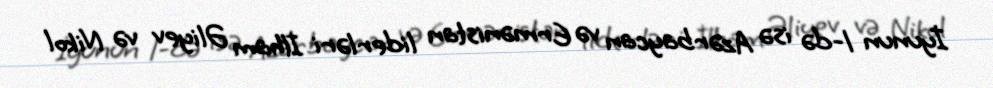
İyunun 1-də isə Azərbaycan və Ermənistan liderləri İlham Əliyev və Nikol